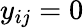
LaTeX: y_{ij}=0